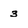
Character: 3